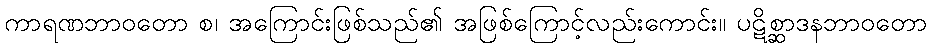
ကာရဏဘာဝတော စ၊ အကြောင်းဖြစ်သည်၏ အဖြစ်ကြောင့်လည်းကောင်း။ ပဋိစ္ဆာဒနဘာဝတော